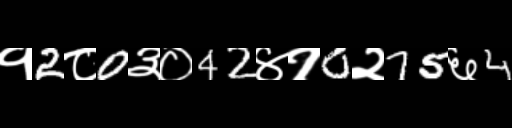
Text: १2८0३०42४१0२75६4